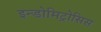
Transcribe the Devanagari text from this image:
इन्डोमिट्रोसिस